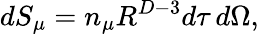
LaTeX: dS_{\mu}=n_{\mu}R^{D-3}d\tau\, d\Omega,